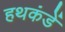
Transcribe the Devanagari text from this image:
हथकंडें